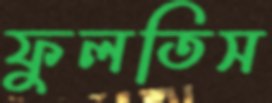
ফুলতিস